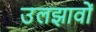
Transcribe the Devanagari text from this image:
उलझावों